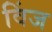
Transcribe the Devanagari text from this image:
विंज